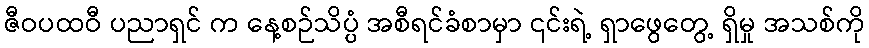
ဇီဝပထဝီ ပညာရှင် က နေ့စဉ်သိပ္ပံ အစီရင်ခံစာမှာ ၎င်းရဲ့ ရှာဖွေတွေ့ ရှိမှု အသစ်ကို